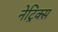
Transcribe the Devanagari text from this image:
नेट्रिक्स